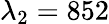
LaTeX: \lambda_{2}=852